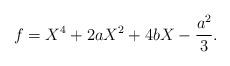
LaTeX: \begin{align*} f = X^4 + 2aX^2 + 4bX - \frac{a^2}{3}. \end{align*}